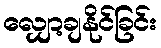
လျှော့ချနိုင်ခြင်း